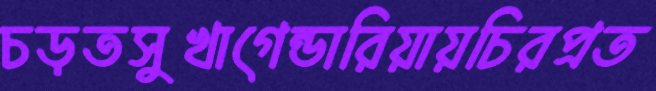
চড়তসুখাগেন্ডারিয়ায়চিরপ্রত